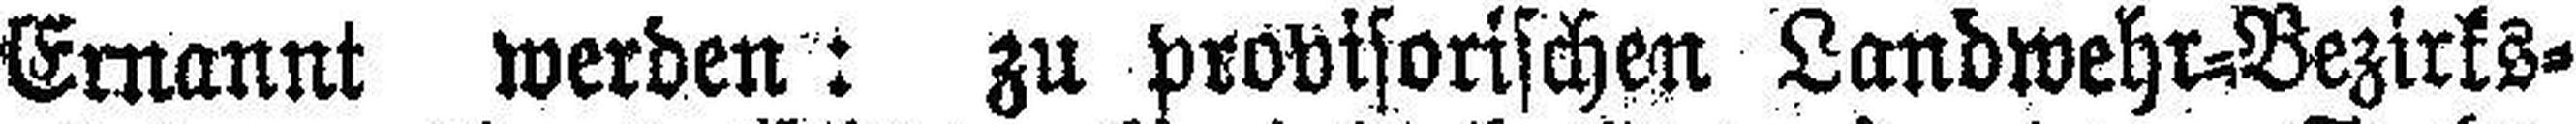
Ernannt werden: zu provisorischen Landwehr-Bezirks¬